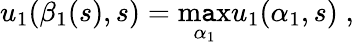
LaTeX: u_{1}(\beta_{1}(s),s)=\operatorname*{m\mathtt{a}x}_{\alpha_{1}}u_{1}(\alpha_{1},s)\; ,